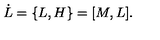
\dot { L } = \{ L , H \} = \lbrack M , L \rbrack .